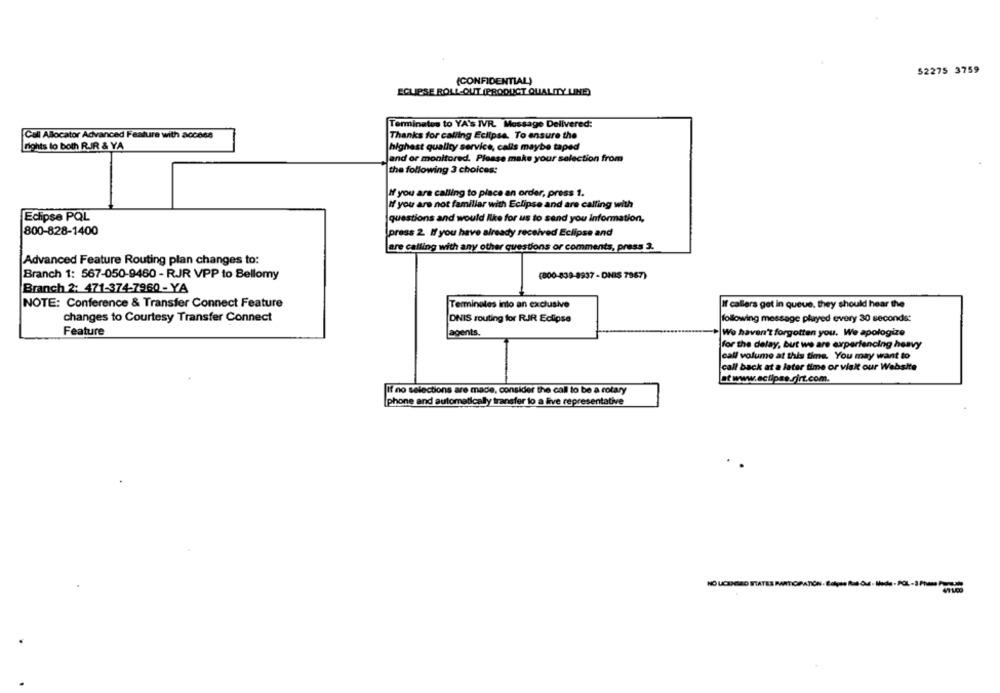
52275 3759
(CONFIDENTIAL)
ECLIPSE ROLL-OUT (PRODUCT QUALITY LINE
Terminates to YA'S IVR. Massage Delivered:
Call Allocator Advanced Feature with access
Thanks for calling Eclipse. To ensure the
rights to both RJIR & YA
highest quality service, calls maybe taped
and or monitored. Please make your selection from
the following 3 choices:
If you are calling to place an order, press 1.
If you are not familiar with Eclipse and are calling with
Eclipse PQL
questions and would Ilke for us to send you information,
800-828-1400
(press 2. If you have already received Eclipse and
are calling with any other questions or comments, press 3.
Advanced Feature Routing plan changes to:
Branch 1: 567-050-9460 - RJR VPP to Bellomy
(800-839-8937 - DNIS 7967)
Branch 2: 471-374-7960 - YA
NOTE: Conference & Transfer Connect Feature
Terminales into an exclusive
If callers get in queue, they should hear the
changes to Courtesy Transfer Connect
DNIS routing for R.JR Eclipse
following message played every 30 seconds:
Feature
agents.
We haven't forgotten you. We apologize
for the delay, but we are experiencing heavy
call volume at this time. You may want to
call back at a later time or visit our Website
at www.eclipse.rjrt.com.
If no selections are made, consider the call to be a rotary
phone and automatically transfer to a live representative